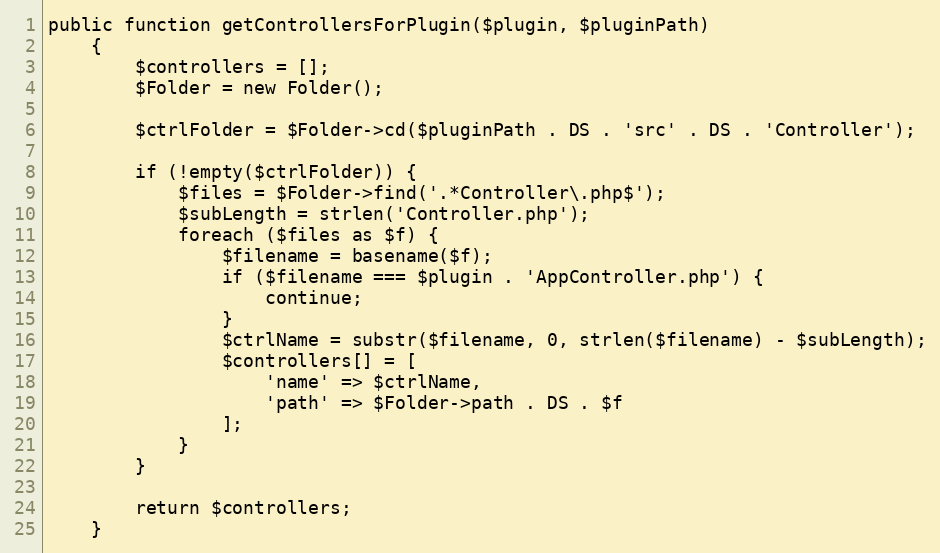
Language: PHP
public function getControllersForPlugin($plugin, $pluginPath)
    {
        $controllers = [];
        $Folder = new Folder();

        $ctrlFolder = $Folder->cd($pluginPath . DS . 'src' . DS . 'Controller');

        if (!empty($ctrlFolder)) {
            $files = $Folder->find('.*Controller\.php$');
            $subLength = strlen('Controller.php');
            foreach ($files as $f) {
                $filename = basename($f);
                if ($filename === $plugin . 'AppController.php') {
                    continue;
                }
                $ctrlName = substr($filename, 0, strlen($filename) - $subLength);
                $controllers[] = [
                    'name' => $ctrlName,
                    'path' => $Folder->path . DS . $f
                ];
            }
        }

        return $controllers;
    }